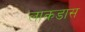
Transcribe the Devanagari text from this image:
लाकडास